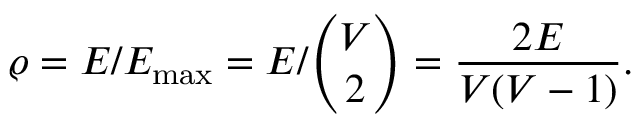
\varrho = E / E _ { \mathrm { m a x } } = E / \binom { V } { 2 } = \frac { 2 E } { V ( V - 1 ) } .